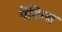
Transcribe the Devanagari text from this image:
पेंटिग्ज